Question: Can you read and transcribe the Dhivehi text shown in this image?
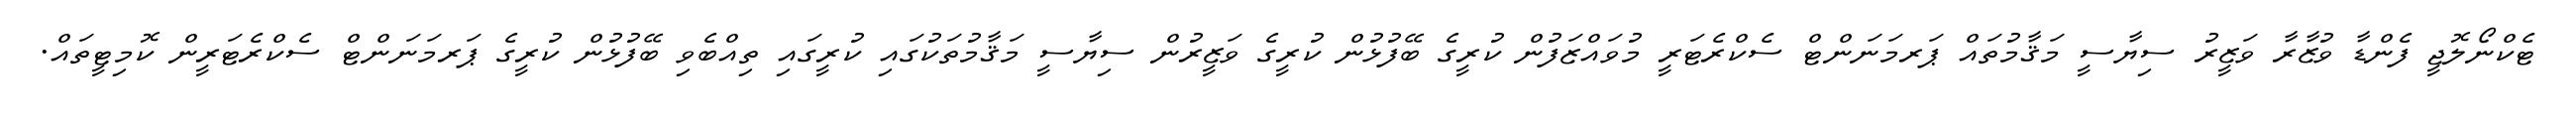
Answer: ޓެކްނޯލޮޖީ ފެންޑާ ވުޒާރާ ވަޒީރު ސިޔާސީ މަޤާމުތައް ޕަރމަނަންޓް ސެކްރެޓަރީ މުވައްޒަފުން ކުރީގެ ބޭފުޅުން ކުރީގެ ވަޒީރުން ސިޔާސީ މަޤާމުތަކުގައި ކުރީގައި ތިއްބެވި ބޭފުޅުން ކުރީގެ ޕަރމަނަންޓް ސެކްރެޓަރީން ކޮމިޓީތައް.